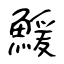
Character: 鰀